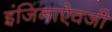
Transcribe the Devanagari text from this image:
इंजिनाऐवजी